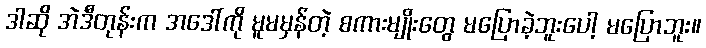
ဒါဆို အဲဒီတုန်းက အဒေါ်ကို မူမမှန်တဲ့ စကားမျိုးတွေ မပြောခဲ့ဘူးပေါ့ မပြောဘူး။